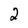
Character: 2